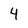
Character: 4